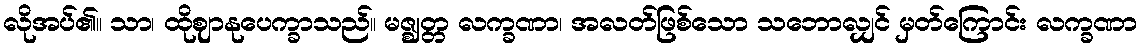
လိုအပ်၏။ သာ၊ ထိုဈာနုပေက္ခာသည်။ မဇ္ဈတ္တ လက္ခဏာ၊ အလတ်ဖြစ်သော သဘောလျှင် မှတ်ကြောင်း လက္ခဏာ